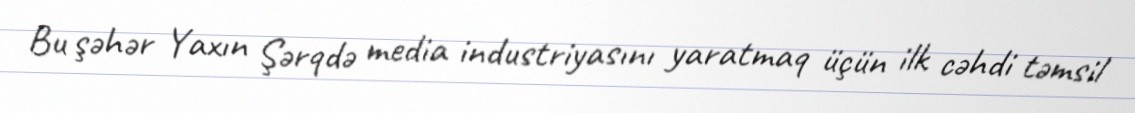
Bu şəhər Yaxın Şərqdə media industriyasını yaratmaq üçün ilk cəhdi təmsil